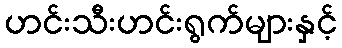
ဟင်းသီးဟင်းရွက်များနှင့်